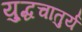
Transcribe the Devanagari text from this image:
यु्द्धचातुर्य